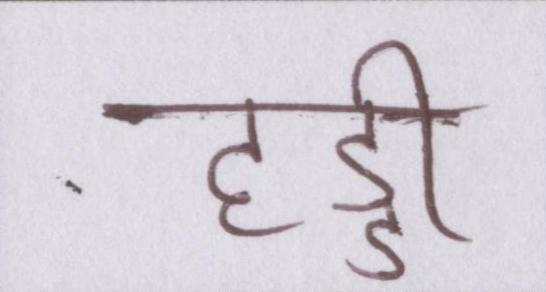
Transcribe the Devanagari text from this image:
हड्डी